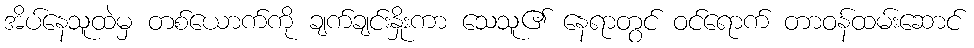
အိပ်နေသူထဲမှ တစ်ယောက်ကို ချက်ချင်းနှိုးကာ သေသူ၏ နေရာတွင် ဝင်ရောက် တာဝန်ထမ်းဆောင်